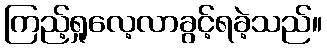
ကြည့်ရှုလေ့လာခွင့်ရခဲ့သည်။